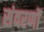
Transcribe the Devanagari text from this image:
संवरणों